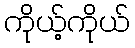
ကိုယ့်ကိုယ်